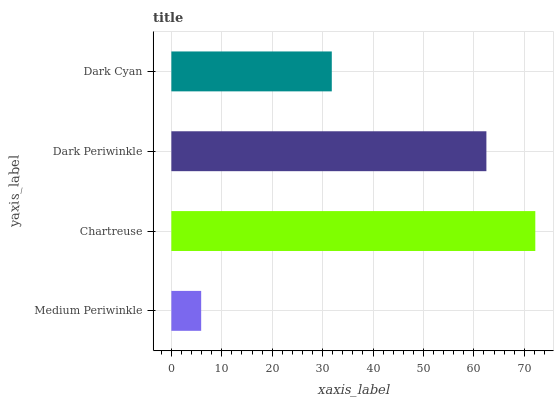
| yaxis_label | bars |
 | --- | --- |
 | Medium Periwinkle | 5.91 |
 | Chartreuse | 72.2 |
 | Dark Periwinkle | 62.5 |
 | Dark Cyan | 31.8 |